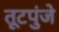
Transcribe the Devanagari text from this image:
तूटपुंजे